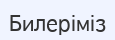
Билеріміз